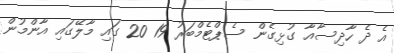
އެ ދެ ހާދިސާއާ ގުޅިގެން ސެޕްޓެމްބަރު 19 20 ގައި މާލޭގައި އާންމުން